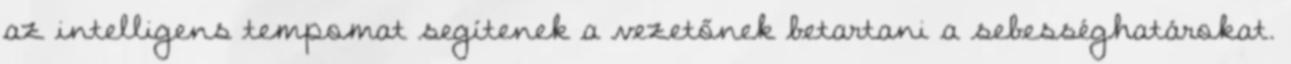
az intelligens tempomat segítenek a vezetőnek betartani a sebességhatárokat.